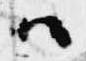
ハ